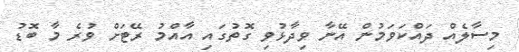
މިސާލެއް ދައްކަވަމުން އޭނާ ވިދާޅުވި ގޮތުގައި އާއްމު ރޭޓަށް ވުރެ މާ ބޮޑު